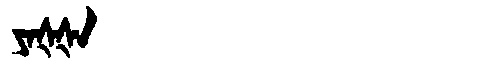
Manchu: ᠶᠠᡧᡧᠠ
Romanization: YAŠŠA